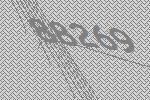
88269